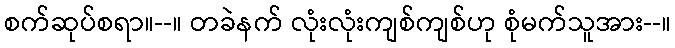
စက်ဆုပ်စရာ။--။ တခဲနက် လုံးလုံးကျစ်ကျစ်ဟု စုံမက်သူအား--။